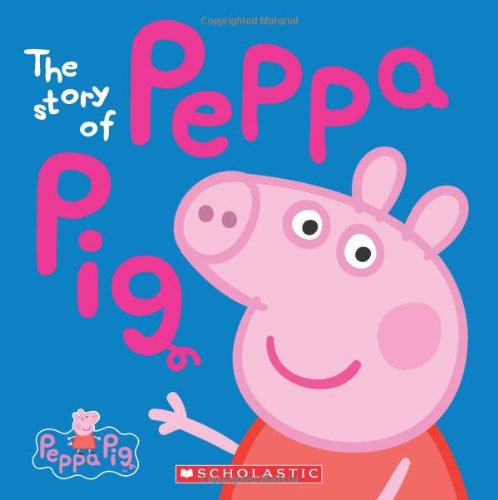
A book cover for Peppa Pig: The Story of Peppa Pig; Scholastic; Children's Books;